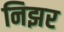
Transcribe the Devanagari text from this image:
निझर